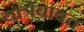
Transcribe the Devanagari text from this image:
यात्रेबाबत